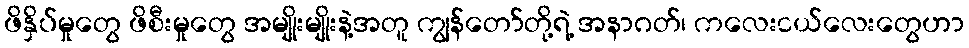
ဖိနှိပ်မှုတွေ ဖိစီးမှုတွေ အမျိုးမျိုးနဲ့အတူ ကျွန်တော်တို့ရဲ့ အနာဂတ်၊ ကလေးငယ်လေးတွေဟာ